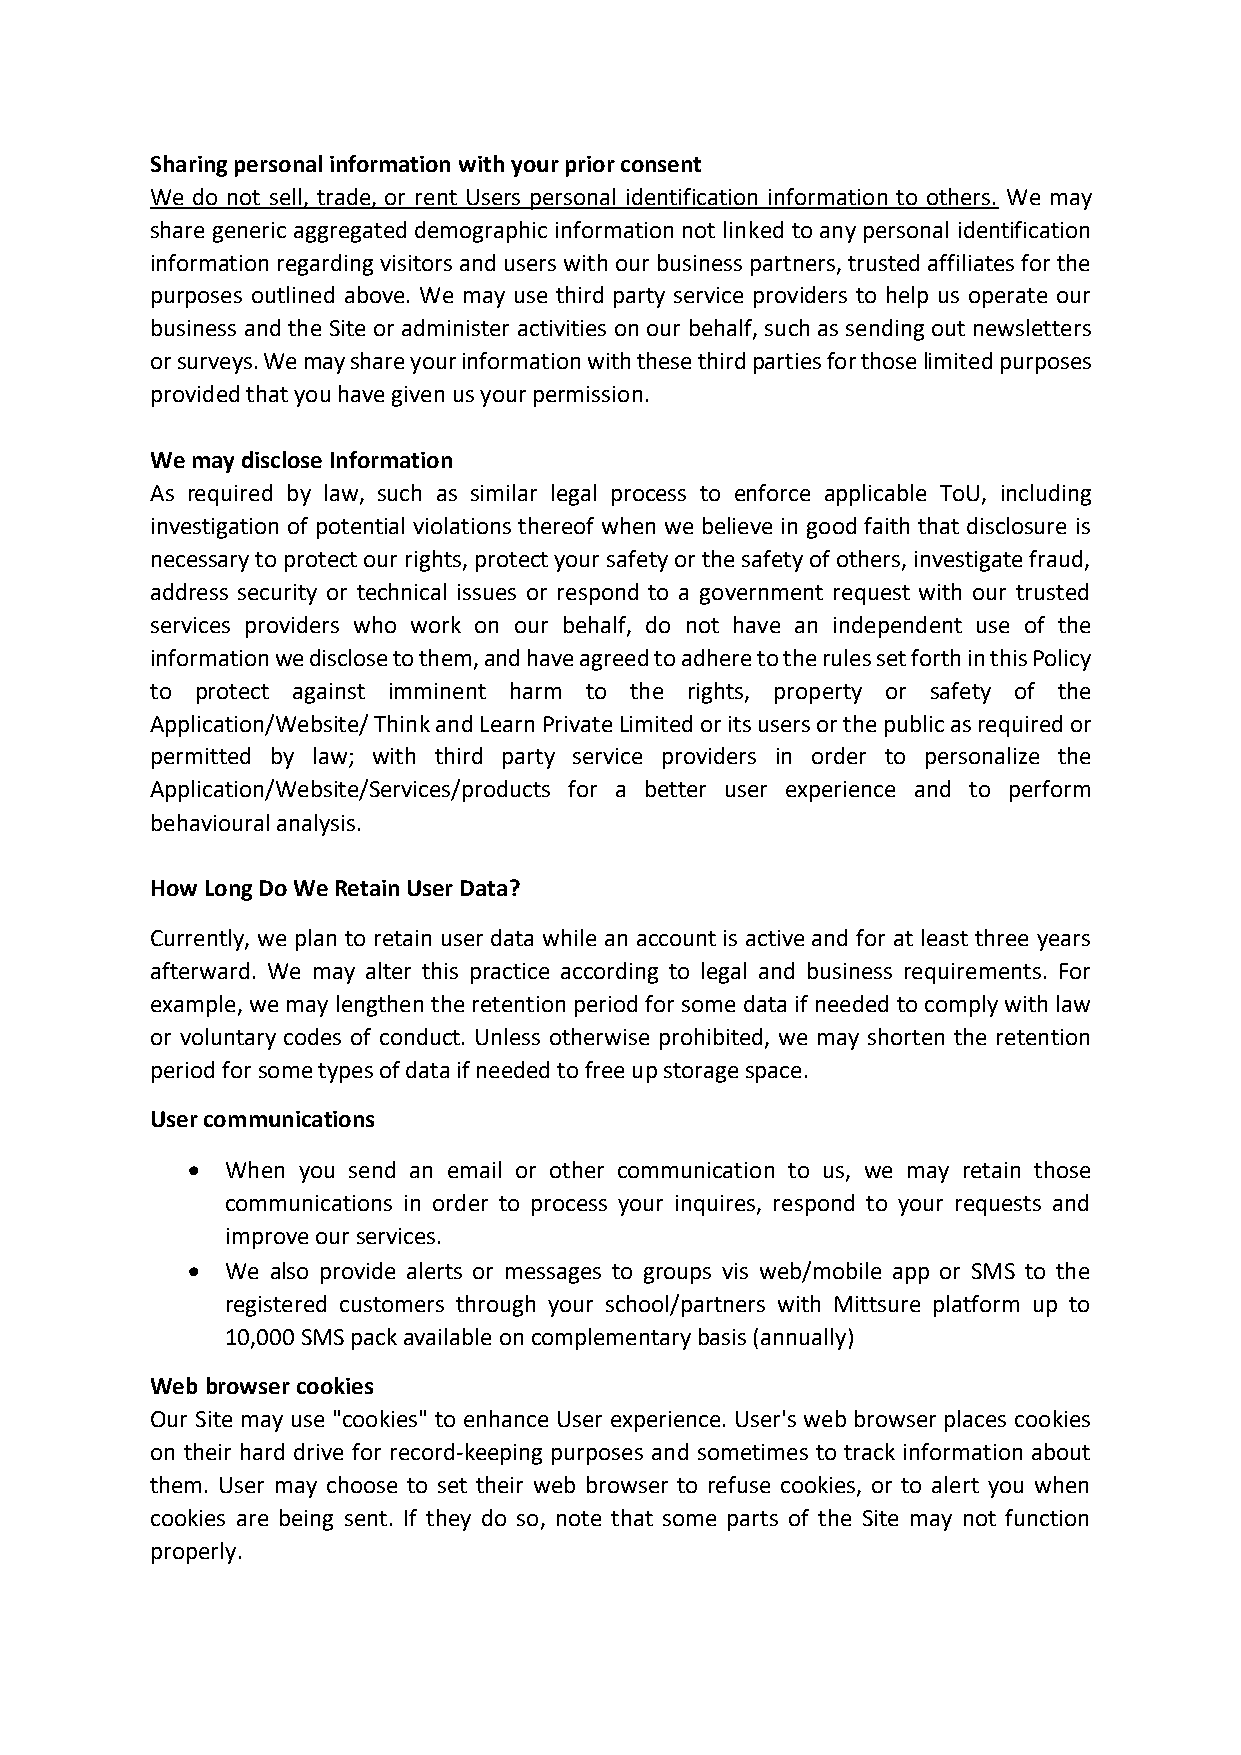
Sharing personal information with your prior consent
 We do not sell, trade, or rent Users personal identification information to others. We may
 share generic aggregated demographic information not linked to any personal identification
 information regarding visitors and users with our business partners, trusted affiliates for the
 purposes outlined above. We may use third party service providers to help us operate our
 business and the Site or administer activities on our behalf, such as sending out newsletters
 or surveys. We may share your information with these third parties for those limited purposes
 provided that you have given us your permission.
 We may disclose Information
 As required by law, such as similar legal process to enforce applicable ToU, including
 investigation of potential violations thereof when we believe in good faith that disclosure is
 necessary to protect our rights, protect your safety or the safety of others, investigate fraud,
 address security or technical issues or respond to a government request with our trusted
 services providers who work on our behalf, do not have an independent use of the
 information we disclose to them, and have agreed to adhere to the rules set forth in this Policy
 to protect against imminent harm to the rights, property or safety of the
 Application/Website/ Think and Learn Private Limited or its users or the public as required or
 permitted by law; with third party service providers in order to personalize the
 Application/Website/Services/products for a better user experience and to perform
 behavioural analysis.
 How Long Do We Retain User Data?
 Currently, we plan to retain user data while an account is active and for at least three years
 afterward. We may alter this practice according to legal and business requirements. For
 example, we may lengthen the retention period for some data if needed to comply with law
 or voluntary codes of conduct. Unless otherwise prohibited, we may shorten the retention
 period for some types of data if needed to free up storage space.
 User communications
   When you send an email or other communication to us, we may retain those
 communications in order to process your inquires, respond to your requests and
 improve our services.
   We also provide alerts or messages to groups vis web/mobile app or SMS to the
 registered customers through your school/partners with Mittsure platform up to
 10,000 SMS pack available on complementary basis (annually)
 Web browser cookies
 Our Site may use "cookies" to enhance User experience. User's web browser places cookies
 on their hard drive for record-keeping purposes and sometimes to track information about
 them. User may choose to set their web browser to refuse cookies, or to alert you when
 cookies are being sent. If they do so, note that some parts of the Site may not function
 properly.